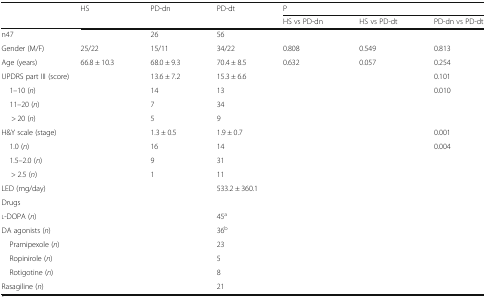
| <ROWSPAN=2>  | <ROWSPAN=2> HS | <ROWSPAN=2> PD-dn | <ROWSPAN=2> PD-dt | <COLSPAN=3> P |
 | HS vs PD-dn | HS vs PD-dt | PD-dn vs PD-dt |
 | --- | --- | --- | --- | --- | --- | --- |
 | <COLSPAN=2> n47 | 26 | <COLSPAN=4> 56 |
 | Gender (M/F) | 25/22 | 15/11 | 34/22 | 0.808 | 0.549 | 0.813 |
 | Age (years) | 66.8 ± 10.3 | 68.0 ± 9.3 | 70.4 ± 8.5 | 0.632 | 0.057 | 0.254 |
 | <COLSPAN=2> UPDRS part III (score) | 13.6 ± 7.2 | <COLSPAN=3> 15.3 ± 6.6 | 0.101 |
 | <COLSPAN=2> 1–10 (n) | 14 | <COLSPAN=3> 13 | 0.010 |
 | <COLSPAN=2> 11–20 (n) | 7 | <COLSPAN=4> 34 |
 | <COLSPAN=2> > 20 (n) | 5 | <COLSPAN=4> 9 |
 | <COLSPAN=2> H&Y scale (stage) | 1.3 ± 0.5 | <COLSPAN=3> 1.9 ± 0.7 | 0.001 |
 | <COLSPAN=2> 1.0 (n) | 16 | <COLSPAN=3> 14 | 0.004 |
 | <COLSPAN=2> 1.5–2.0 (n) | 9 | <COLSPAN=4> 31 |
 | <COLSPAN=2> > 2.5 (n) | 1 | <COLSPAN=4> 11 |
 | <COLSPAN=3> LED (mg/day) | <COLSPAN=4> 533.2 ± 360.1 |
 | <COLSPAN=7> Drugs |
 | <COLSPAN=3> l-DOPA (n) | <COLSPAN=4> 45a |
 | <COLSPAN=3> DA agonists (n) | <COLSPAN=4> 36b |
 | <COLSPAN=3> Pramipexole (n) | <COLSPAN=4> 23 |
 | <COLSPAN=3> Ropinirole (n) | <COLSPAN=4> 5 |
 | <COLSPAN=3> Rotigotine (n) | <COLSPAN=4> 8 |
 | <COLSPAN=3> Rasagiline (n) | <COLSPAN=4> 21 |